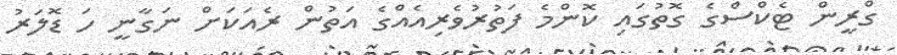
ގްރީން ޓެކްސްގެ ގޮތުގައި ކޮންމެ ފަތުރުވެރިއެއްގެ އަތުން ރެއަކަށް ނަގާނީ ހަ ޑޮލަރު